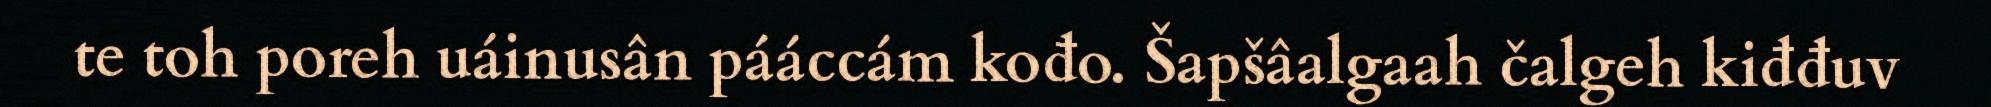
te toh poreh uáinusân pááccám kođo. Šapšâalgaah čalgeh kiđđuv